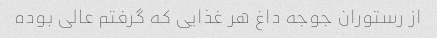
از رستوران جوجه داغ هر غذایی که گرفتم عالی بوده